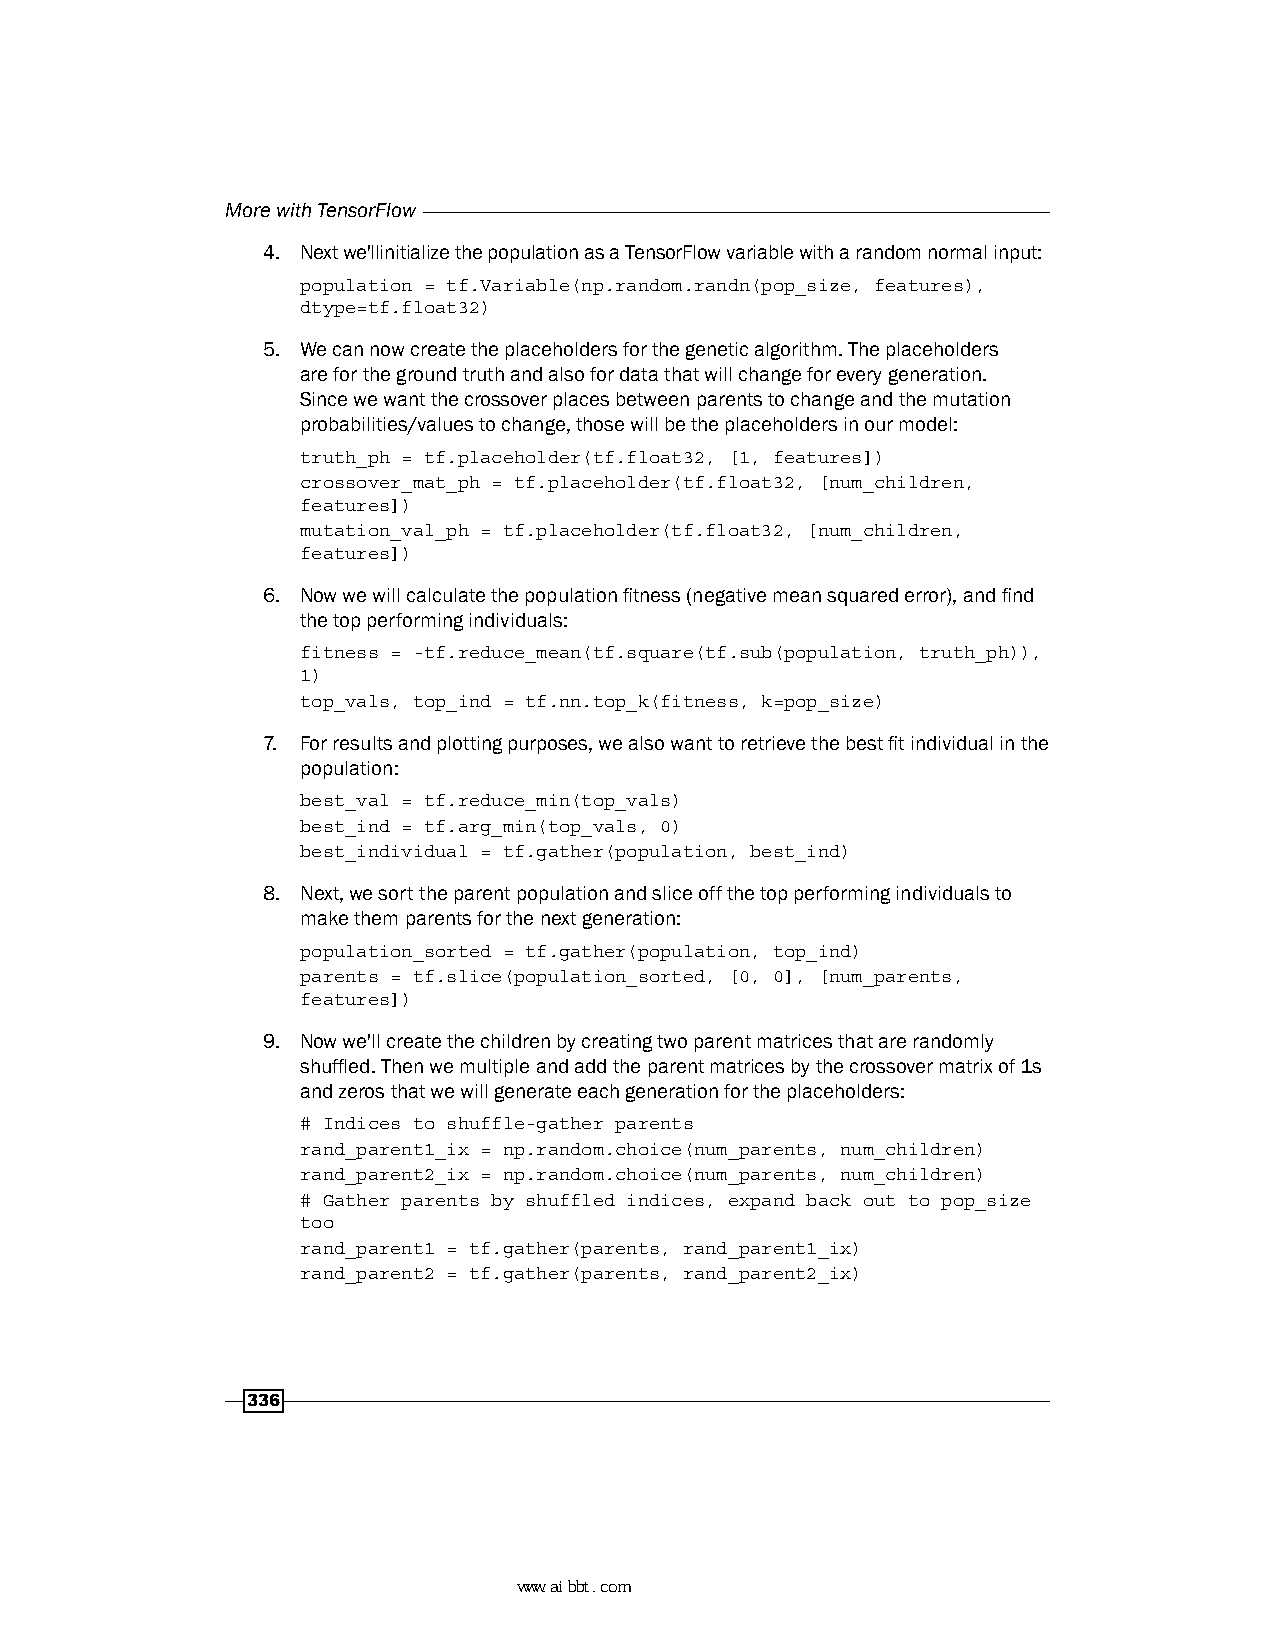
More with TensorFlow
 4. Next we'llinitialize the population as a TensorFlow variable with a random normal input:
 population = tf.Variable(np.random.randn(pop_size, features),
 dtype=tf.float32)
 5. We can now create the placeholders for the genetic algorithm. The placeholders
 are for the ground truth and also for data that will change for every generation.
 Since we want the crossover places between parents to change and the mutation
 probabilities/values to change, those will be the placeholders in our model:
 truth_ph = tf.placeholder(tf.float32, [1, features])
 crossover_mat_ph = tf.placeholder(tf.float32, [num_children,
 features])
 mutation_val_ph = tf.placeholder(tf.float32, [num_children,
 features])
 6. Now we will calculate the population fitness (negative mean squared error), and find
 the top performing individuals:
 fitness = -tf.reduce_mean(tf.square(tf.sub(population, truth_ph)),
 1)
 top_vals, top_ind = tf.nn.top_k(fitness, k=pop_size)
 7. For results and plotting purposes, we also want to retrieve the best fit individual in the
 population:
 best_val = tf.reduce_min(top_vals)
 best_ind = tf.arg_min(top_vals, 0)
 best_individual = tf.gather(population, best_ind)
 8. Next, we sort the parent population and slice off the top performing individuals to
 make them parents for the next generation:
 population_sorted = tf.gather(population, top_ind)
 parents = tf.slice(population_sorted, [0, 0], [num_parents,
 features])
 9. Now we'll create the children by creating two parent matrices that are randomly
 shuffled. Then we multiple and add the parent matrices by the crossover matrix of 1s
 and zeros that we will generate each generation for the placeholders:
 # Indices to shuffle-gather parents
 rand_parent1_ix = np.random.choice(num_parents, num_children)
 rand_parent2_ix = np.random.choice(num_parents, num_children)
 # Gather parents by shuffled indices, expand back out to pop_size
 too
 rand_parent1 = tf.gather(parents, rand_parent1_ix)
 rand_parent2 = tf.gather(parents, rand_parent2_ix)
 336
 www.aibbt.com 让未来触手可及